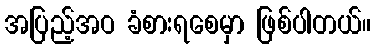
အပြည့်အဝ ခံစားရစေမှာ ဖြစ်ပါတယ်။